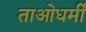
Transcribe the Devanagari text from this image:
ताओधर्मी